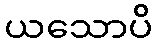
ယသောပိ